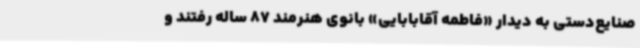
صنایع‌دستی به دیدار «فاطمه آقابابایی» بانوی هنرمند 87 ساله رفتند و